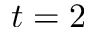
t = 2